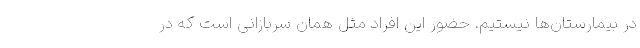
در بیمارستان‌ها نیستیم. حضور این افراد مثل همان سربازانی است که در